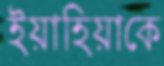
ইয়াহিয়াকে